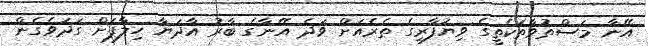
އޭނާ މަސްތުވާތަކެތީގެ ވިޔަފާރީގެ ތެރެއަށް ވަދެ އޭނާގެ ބާރު އާދަޔާ ހިލާފަށް ގަދަވެގެން